Vaccination in Burma 1889-1999 - 1889-1999
Year: 1889
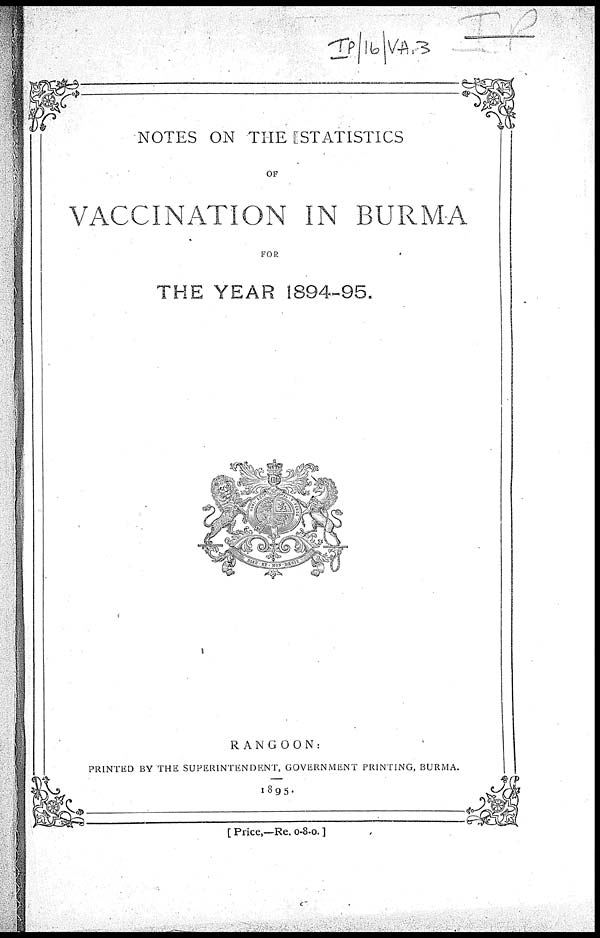
NOTES ON THE STATISTICS
OF
VACCINATION IN BURMA
FOR
THE YEAR 1894-95.
RANGOON:
PRINTED BY THE SUPERINTENDENT, GOVERNMENT PRINTING, BURMA.
1895.
[ Price,—Re. 0-8-0. ]